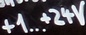
Text: +1... +24V